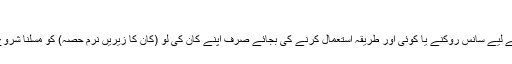
کان کی لو کو مسلنا
ماہرین کا کہنا ہے کہ ہچکی روکنے کے لیے سانس روکنے یا کوئی اور طریقہ استعمال کرنے کی بجائے صرف اپنے کان کی لو (کان کا زیریں نرم حصہ) کو مسلنا شروع کر دیں، آپ کی ہچکی رک جائے گی۔